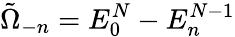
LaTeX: \tilde{\Omega}_{-n}=E_{0}^{N}-E_{n}^{N-1}